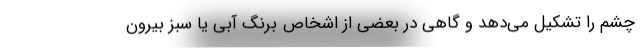
چشم را تشکیل می‌دهد و گاهی در بعضی از اشخاص برنگ آبی یا سبز بیرون